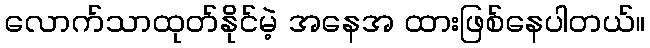
လောက်သာထုတ်နိုင်မဲ့ အနေအ ထားဖြစ်နေပါတယ်။